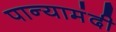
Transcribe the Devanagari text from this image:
पान्यामंदी